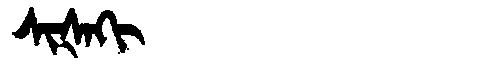
Manchu: ᠰᡳᡧᠠᡴᡳ
Romanization: SIŠAKI